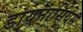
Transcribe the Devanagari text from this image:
डायनासियस